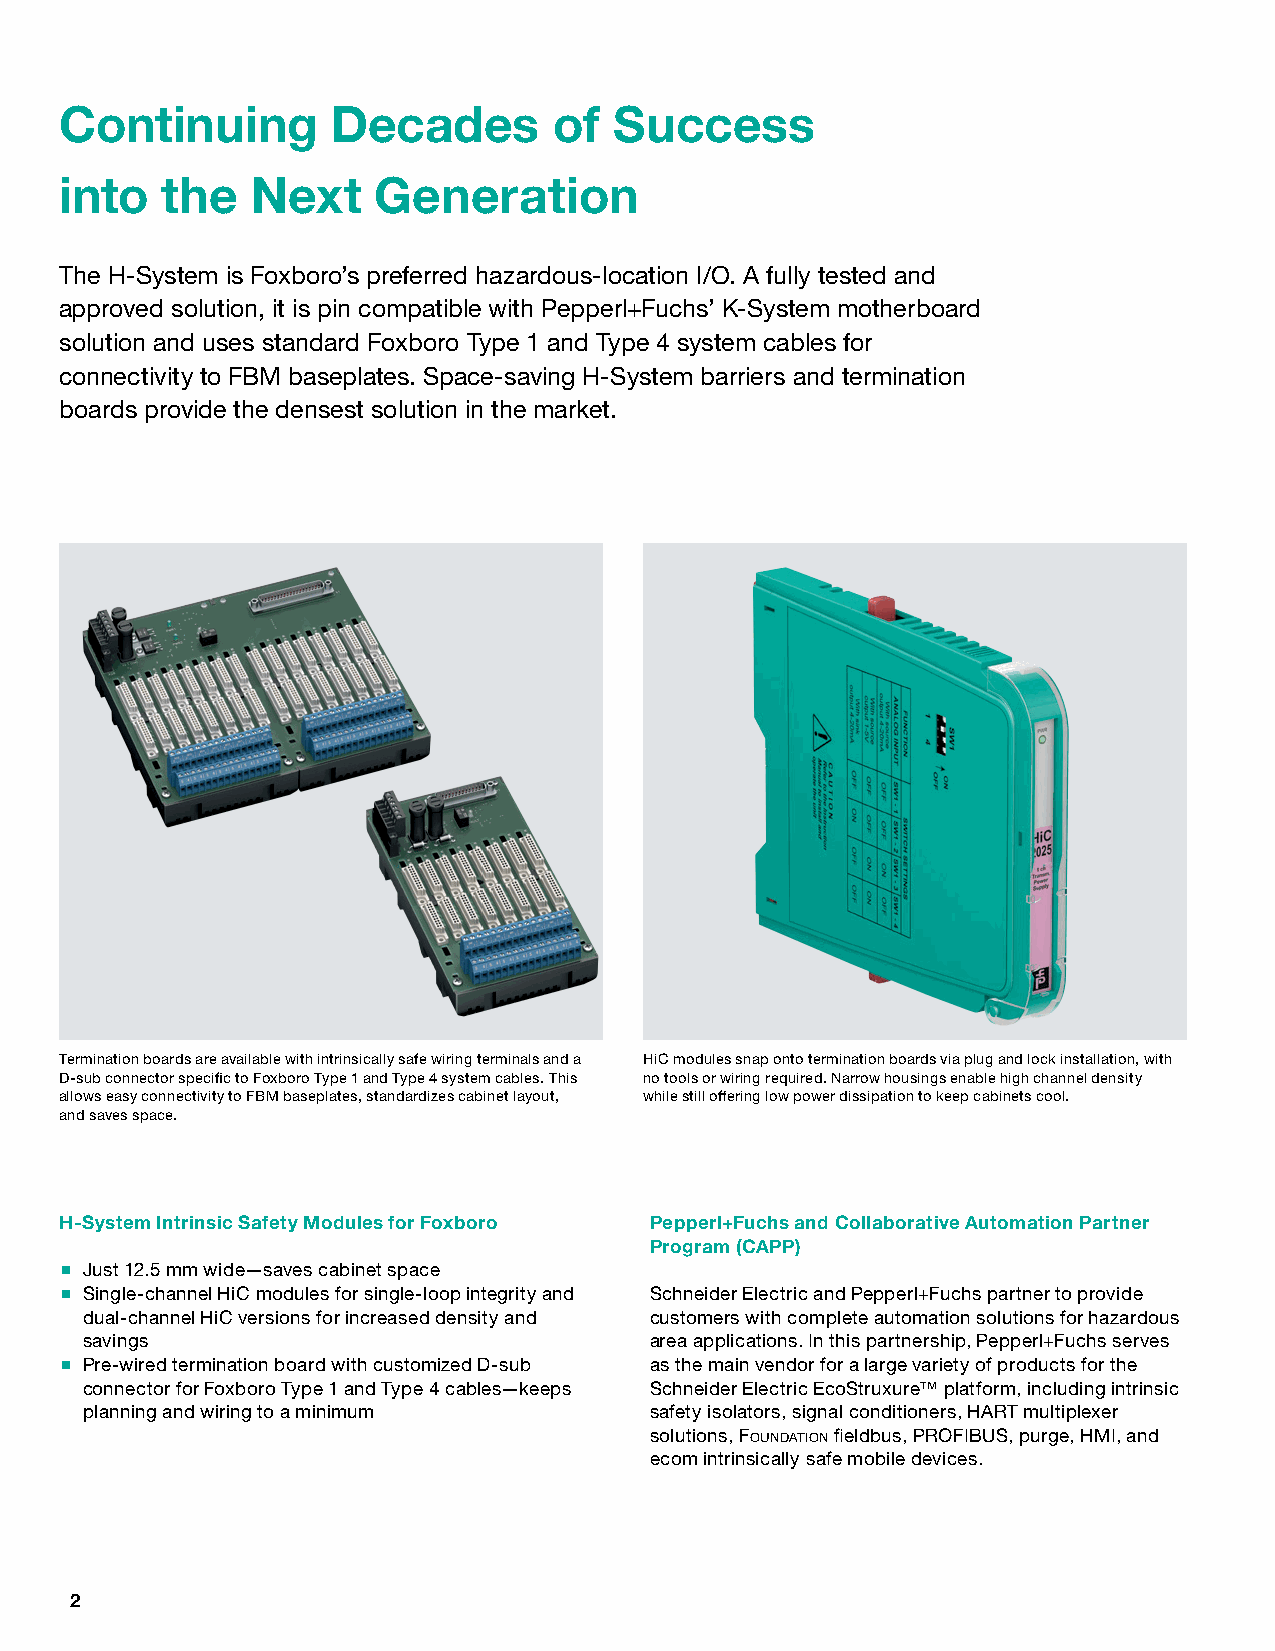
Continuing        Decades        of  Success
 into   the   Next    Generation
 The H-System is Foxboro’s preferred hazardous-location I/O. A fully tested and
 approved solution, it is pin compatible with Pepperl+Fuchs’ K-System motherboard
 solution and uses standard Foxboro Type 1 and Type 4 system cables for
 connectivity to FBM baseplates. Space-saving H-System barriers and termination
 boards provide the densest solution in the market.
 Termination boards are available with intrinsically safe wiring terminals and a HiC modules snap onto termination boards via plug and lock installation, with
 D-sub connector specific to Foxboro Type 1 and Type 4 system cables. This no tools or wiring required. Narrow housings enable high channel density
 allows easy connectivity to FBM baseplates, standardizes cabinet layout, while still offering low power dissipation to keep cabinets cool.
 and saves space.
 H-System Intrinsic Safety Modules for Foxboro Pepperl+Fuchs and Collaborative Automation Partner
 Program (CAPP)
 Just 12.5 mm wide—saves cabinet space
 Single-channel HiC modules for single-loop integrity and Schneider Electric and Pepperl+Fuchs partner to provide
 dual-channel HiC versions for increased density and customers with complete automation solutions for hazardous
 savings                               area applications. In this partnership, Pepperl+Fuchs serves
 Pre-wired termination board with customized D-sub as the main vendor for a large variety of products for the
 connector for Foxboro Type 1 and Type 4 cables—keeps Schneider Electric EcoStruxure™ platform, including intrinsic
 planning and wiring to a minimum      safety isolators, signal conditioners, HART multiplexer
 solutions, Foundation fieldbus, PROFIBUS, purge, HMI, and
 ecom intrinsically safe mobile devices.
 2